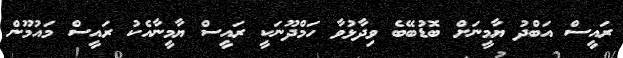
ރައީސް އަބްދު ޔާމީނަށް ބޮޑުބޭބެ ވިދާޅުވާ ހަމްދޫނަކީ ރައީސް ޔާމީނާއެކު ރައީސް މައުމޫން